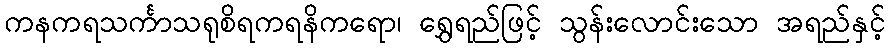
ကနကရသင်္ကာသရုစိရကရနိကရော၊ ရွှေရည်ဖြင့် သွန်းလောင်းသော အရည်နှင့်